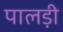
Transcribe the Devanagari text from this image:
पालड़ी